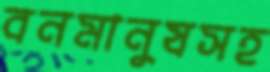
বনমানুষসহ